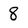
Character: 8